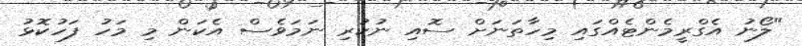
"ލޯނު އެގްރީމެންޓެއްގައި މިހާތަނަށް ސޮއި ނުކުރި ނަމަވެސް އެކަން މި މަހު ފަހުކޮޅު